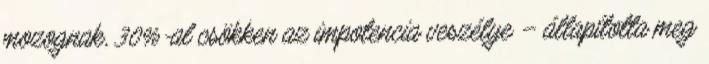
mozognak, 30%-al csökken az impotencia veszélye – állapította meg